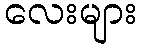
လေးများ